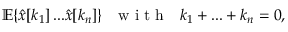
{ \mathbb E } \{ \hat { x } [ k _ { 1 } ] \, . . . \hat { x } [ k _ { n } ] \} ~ ~ \mathrm { ~ w ~ i ~ t ~ h ~ } ~ ~ k _ { 1 } + . . . + k _ { n } = 0 ,